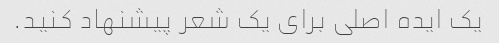
یک ایده اصلی برای یک شعر پیشنهاد کنید.